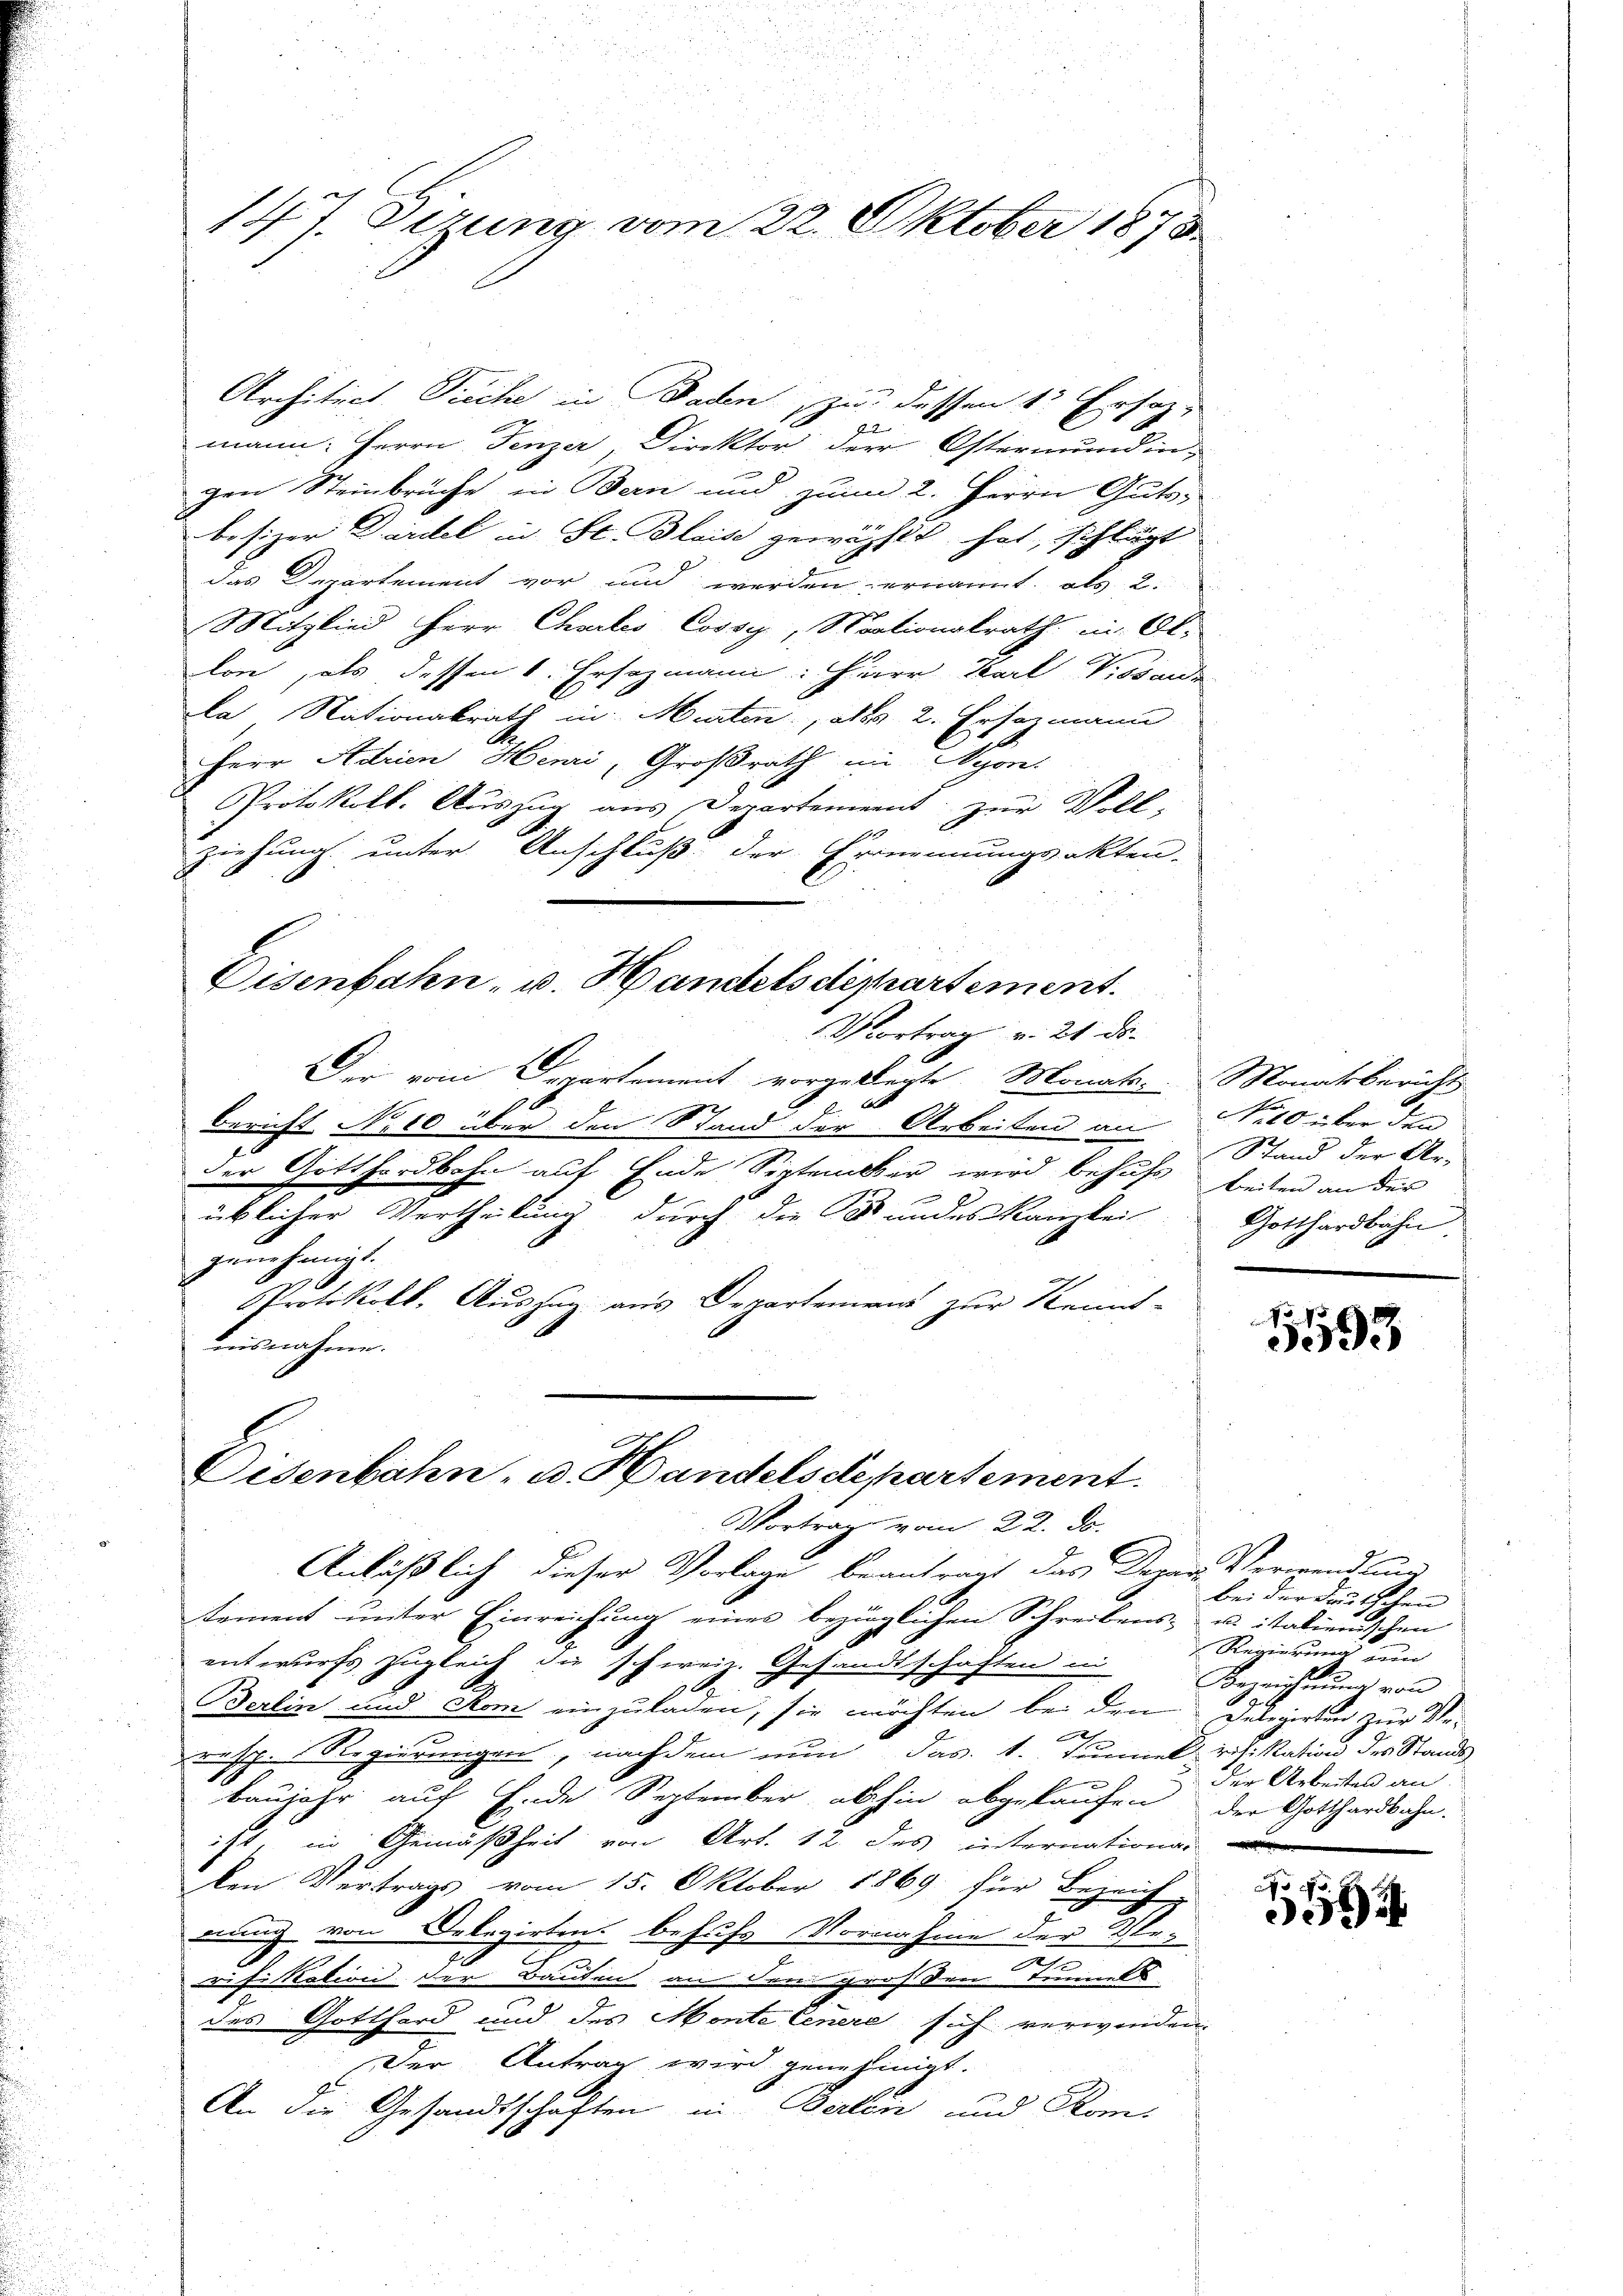
Architect Puche in Baden zu dessen 1 Ersaz-
ht
mann: Herrn Fenzer, Direktor der Ostermundin-
gen Steinbrüche in Bern und zum 2. Herrn Guts-
besizer Dardel in St. Blaise gewählt hat, schlägt
das Departement vor und werden ernannt, als 2.
Mitglied Herr Chartes Cossy, Nationalrath in Ob.
lon, als dessen 1. Ersezmann: Herr Karl Piovan
Da Nationalrath in Murten, als 2. Ersezmann
HHerr Adrien Henzi, Großrath in Nyon.
Protokoll. Auszug aus Departement zur Voll-
ziehung unter Anschluß der Ernennungsakten.
Disenbahn, u. Handelsdepartement.
Vortrag v. 21. ds.
Der von Departement vorgeklagte Monate. Monatsbericht
96
Bericht No 10 über den Stand der Arbeiten an Feld über den
der Gotthardbahn auf Ende September wird behufs beiten an der
n
übleiter Vertheilung, durch die Bundes Kanzlei
genehmigt.
Protokoll. Auszug aus Departement zur Kennt-
aisnahme.

147. Dirung vom 22. Oktober 1873.

Eisenbahn- u. Handelsdepartement.
Vortrag vom 22. ds.

Anläßlich dieser Vorlage beantragt das Depar Verwandlung
tement unter Einreichung eines bezüglichen Schreibens-
entwurfs zugleich die schweiz. Gesandtschaften in
Berlin und Rom einzuladen, sie möchten bei den
resp. Regierungen, nachdem nun das 1. Tunnel rifikation des Stands
Baujahr auf Ende September abhin abgekaufen
ist, in Gemäßheit von Art. 12. des internations
Den Vertrags vom 15. Oktober 1869 für Bezeichnung
erung von Delegirten behufs Vornahme der Verwife Nation der Bauten an den grossen Tunnels
des Gotthard und des Monte Cenere sich verwenden.
Der Antrag wird genehmigt.
An die Gesandtschaften in Berlin und Kom-

Stand der Ar¬
Gotthardbahn

5593

d
bei der Deutschen
 italienischen
Regierung zum
Beweichnŭng von
S 6
Gelegirten zur Veder Arbeiten an
der Gotthardbahn.

.